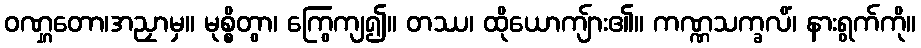
ဝဏ္ဋတော၊အညှာမှ။ မုစ္စိတွာ၊ ကြွေကျ၍။ တဿ၊ ထိုယောကျ်ား၏။ ကဏ္ဏသက္ခလိံ၊ နားရွက်ကို။